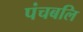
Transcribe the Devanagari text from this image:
पंचबलि